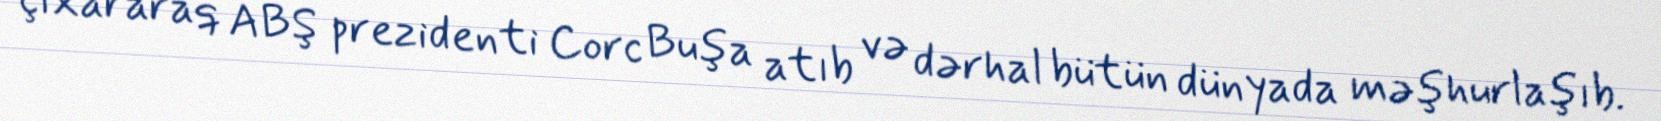
çıxararaq ABŞ prezidenti Corc Buşa atıb və dərhal bütün dünyada məşhurlaşıb.